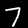
Digit: 7